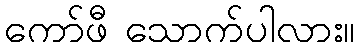
ကော်ဖီ သောက်ပါလား။